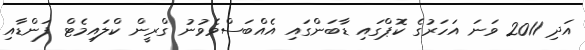
އަދި 2011 ވަނަ އަހަރުގެ ކޮޕްގައި ޑާބަންގައި އެއްބަސްވެވުނު ގްރީން ކްލައިމެޓް ފަންޑާއި